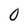
Character: 0